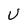
Character: U